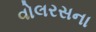
વોલરસના